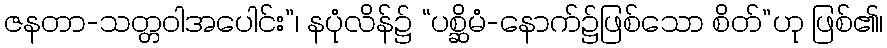
ဇနတာ-သတ္တဝါအပေါင်း”၊ နပုံလိန်၌ “ပစ္ဆိမံ-နောက်၌ဖြစ်သော စိတ်”ဟု ဖြစ်၏၊